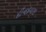
દીનદયાલ